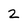
Character: 2